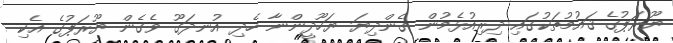
ޔޫރަޕުގެ ޤައުމުތަކުގައި ދިރިއުޅެމުން ގެންދިޔަ ޔަހޫދީންނާ ހެދި އުނދަގޫ ވެގެން ޔޫރަޕުގެ އެކި